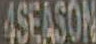
ASEASON